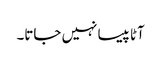
آٹا پیسا نہیں جاتا۔